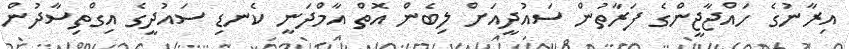
އިރާނުގެ ހައްޖާޖީންގެ ފަރާތުން ސައުދީއަށް ލިބެން އޮތް އާމްދަނީ ކެނޑި ސައުދީގެ އިގްތިސާދުން